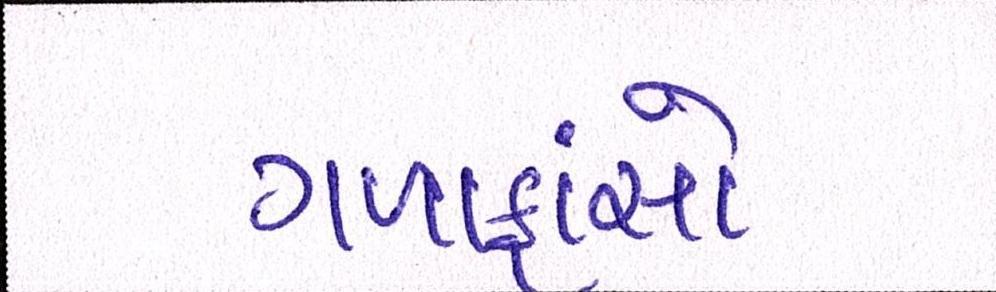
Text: ગળાફાંસો